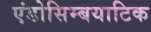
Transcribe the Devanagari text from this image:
एंडोसिम्बयाटिक